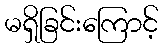
မရှိခြင်းကြောင့်